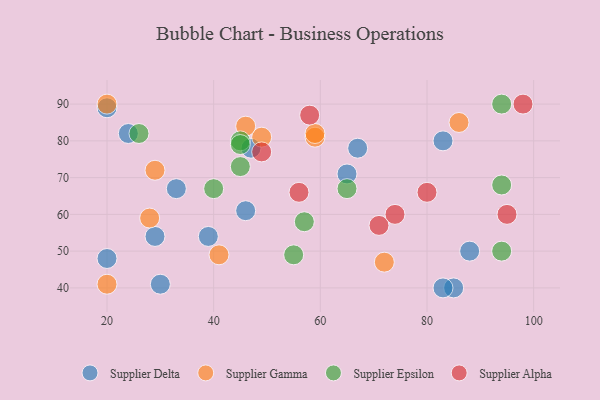
{"axis": {"x": "GDP", "y": "Life Expectancy"}, "legend": ["Supplier Alpha", "Supplier Delta", "Supplier Epsilon", "Supplier Gamma"], "data": [{"x": "30", "y": 41, "type": "Supplier Delta"}, {"x": "85", "y": 40, "type": "Supplier Delta"}, {"x": "67", "y": 78, "type": "Supplier Delta"}, {"x": "88", "y": 50, "type": "Supplier Delta"}, {"x": "29", "y": 54, "type": "Supplier Delta"}, {"x": "83", "y": 80, "type": "Supplier Delta"}, {"x": "46", "y": 61, "type": "Supplier Delta"}, {"x": "20", "y": 48, "type": "Supplier Delta"}, {"x": "65", "y": 71, "type": "Supplier Delta"}, {"x": "33", "y": 67, "type": "Supplier Delta"}, {"x": "83", "y": 40, "type": "Supplier Delta"}, {"x": "24", "y": 82, "type": "Supplier Delta"}, {"x": "47", "y": 78, "type": "Supplier Delta"}, {"x": "39", "y": 54, "type": "Supplier Delta"}, {"x": "20", "y": 89, "type": "Supplier Delta"}, {"x": "49", "y": 81, "type": "Supplier Gamma"}, {"x": "72", "y": 47, "type": "Supplier Gamma"}, {"x": "29", "y": 72, "type": "Supplier Gamma"}, {"x": "46", "y": 84, "type": "Supplier Gamma"}, {"x": "59", "y": 81, "type": "Supplier Gamma"}, {"x": "20", "y": 41, "type": "Supplier Gamma"}, {"x": "86", "y": 85, "type": "Supplier Gamma"}, {"x": "41", "y": 49, "type": "Supplier Gamma"}, {"x": "28", "y": 59, "type": "Supplier Gamma"}, {"x": "59", "y": 82, "type": "Supplier Gamma"}, {"x": "20", "y": 90, "type": "Supplier Gamma"}, {"x": "45", "y": 80, "type": "Supplier Epsilon"}, {"x": "65", "y": 67, "type": "Supplier Epsilon"}, {"x": "45", "y": 73, "type": "Supplier Epsilon"}, {"x": "57", "y": 58, "type": "Supplier Epsilon"}, {"x": "94", "y": 50, "type": "Supplier Epsilon"}, {"x": "45", "y": 79, "type": "Supplier Epsilon"}, {"x": "55", "y": 49, "type": "Supplier Epsilon"}, {"x": "94", "y": 68, "type": "Supplier Epsilon"}, {"x": "26", "y": 82, "type": "Supplier Epsilon"}, {"x": "94", "y": 90, "type": "Supplier Epsilon"}, {"x": "40", "y": 67, "type": "Supplier Epsilon"}, {"x": "98", "y": 90, "type": "Supplier Alpha"}, {"x": "95", "y": 60, "type": "Supplier Alpha"}, {"x": "58", "y": 87, "type": "Supplier Alpha"}, {"x": "71", "y": 57, "type": "Supplier Alpha"}, {"x": "74", "y": 60, "type": "Supplier Alpha"}, {"x": "80", "y": 66, "type": "Supplier Alpha"}, {"x": "56", "y": 66, "type": "Supplier Alpha"}, {"x": "49", "y": 77, "type": "Supplier Alpha"}]}